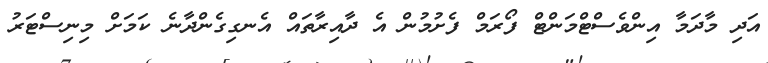
އަދި މާދަމާ އިންވެސްޓްމަންޓް ފޯރަމް ފެށުމުން އެ ދާއިރާތައް އެނގިގެންދާނެ ކަމަށް މިނިސްޓަރު